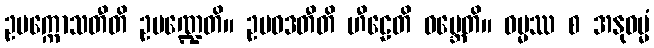
ဥပက္ကောသတီတိ ဥပဏ္ဍေတိ။ ဥပဝဒတီတိ ဟီဠေတိ ဝမ္ဘေတိ။ ဓမ္မဿ စ အနုဓမ္မံ